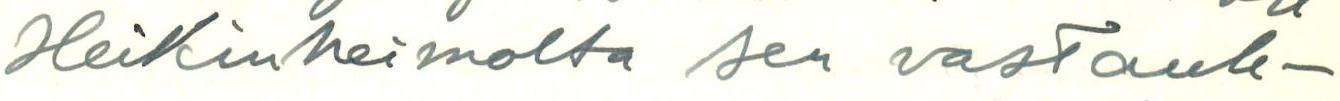
Heikinheimolta sen vastauk-